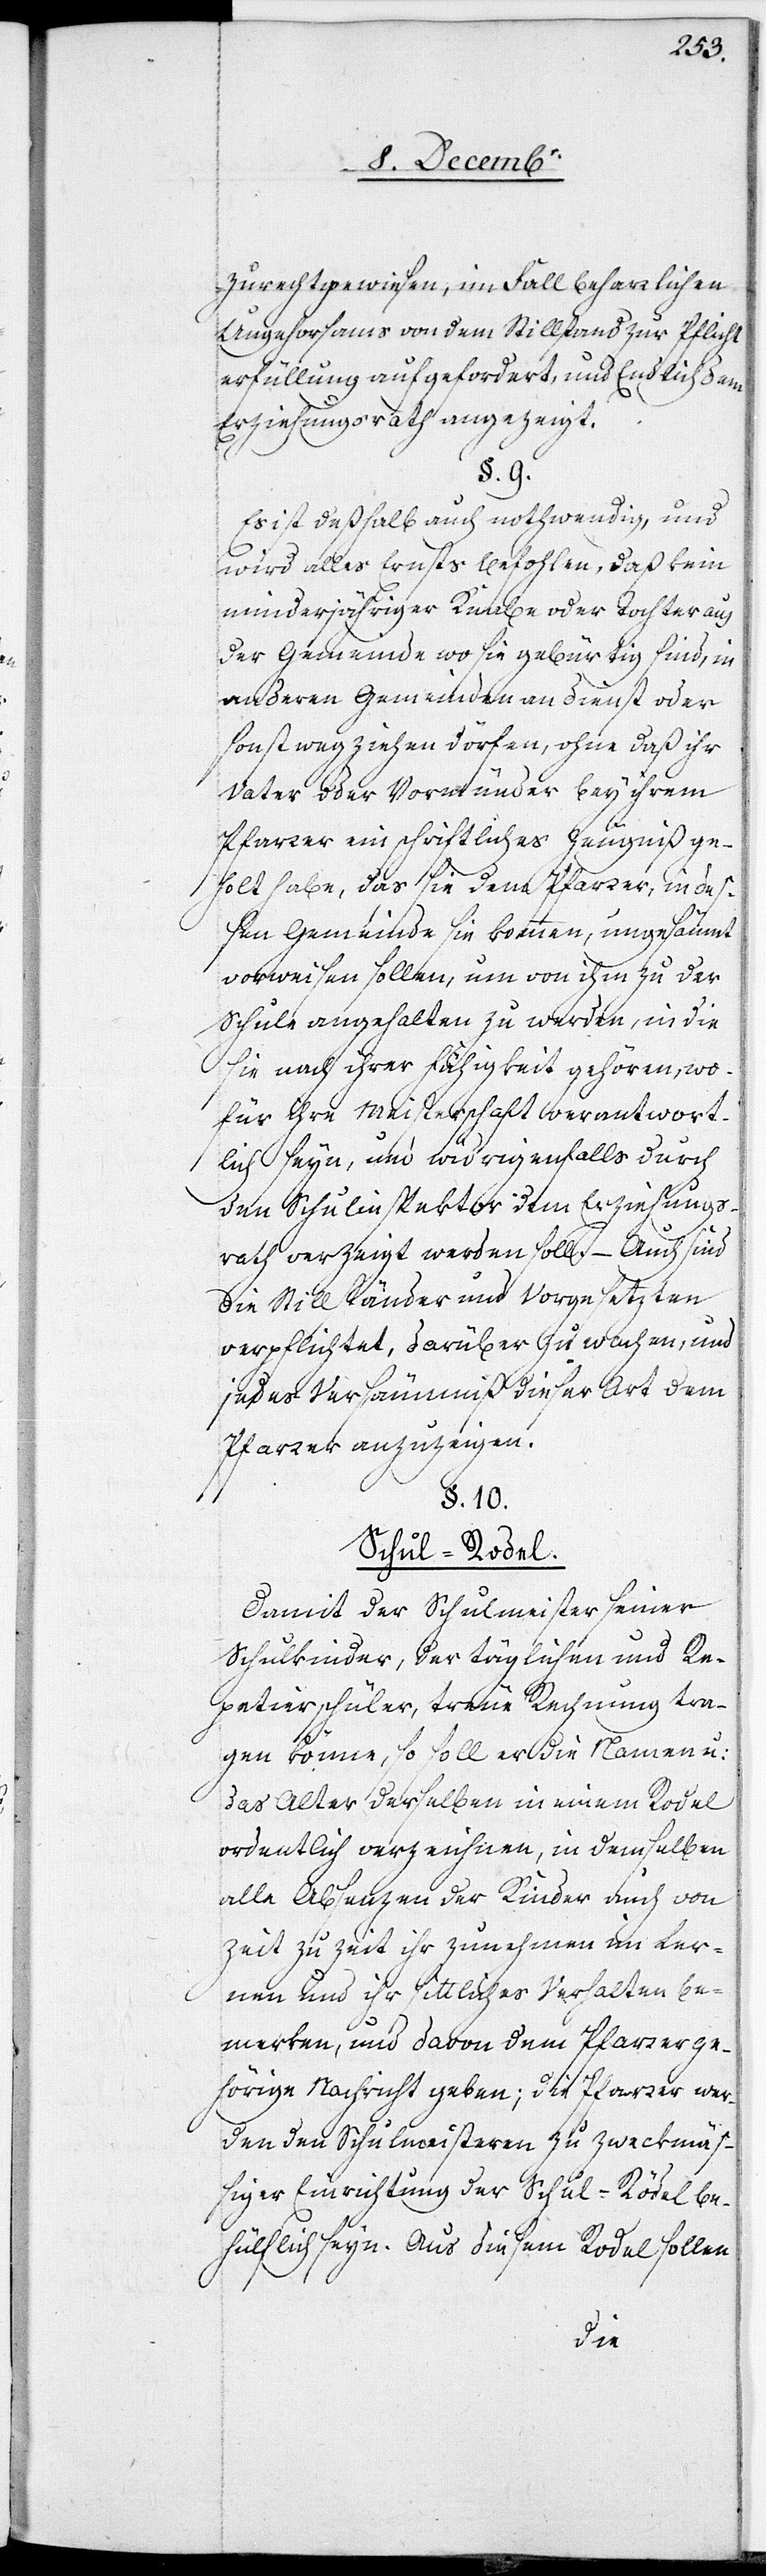
zurechtgewiesen, im Fall beharrlichen
Ungehorsams von dem Stillstand zur Pflicht¬
erfüllung aufgefordert, und endlich dem
Erziehungsrath angezeigt.
§. 9.
Es ist deßhalb auch nothwendig, und
wird alles Ernsts befohlen, daß kein
minderjähriger Knabe oder Tochter aus
der Gemeinde, wo sie gebürtig sind, in
anderen Gemeinden an Dienst oder
sonst wegziehen dörfen, ohne daß ihr
Vater oder Vormünder bey ihrem
Pfarrer ein schriftliches Zeugniß ge¬
holt habe, das sie dem Pfarrer, in deß¬
en Gemeinde sie kommen, ungesäumt
vorweisen sollen, um von ihm zu der
Schule angehalten zu werden, in die
sie nach ihrer Fähigkeit gehören, wo¬
für ihre Meisterschaft verantwort¬
lich seyn, um widrigenfalls durch
den Schulinspektor dem Erziehungs¬
rath verzeigt werden soll. – Auch sind
die Stillständer und Vorgesetzten
verpflichtet, darüber zu wachen, und
jedes Versäumniß dieser Art dem
Pfarrer anzuzeigen.
§. 10.
Schul-Rodel.
Damit der Schulmeister seiner
Schulkinder, der täglichen und Re¬
petierschüler, treue Rechnung tra¬
gen könne, so soll er die Namen u:
das Alter derselben in einem Rodel
ordentlich verzeichnen, in demselben
alle Absenzen der Kinder auch von
Zeit zu Zeit ihr Zunehmen im Ler¬
nen und ihr sittliches Verhalten be¬
merken, und davon dem Pfarrer ge¬
hörige Nachricht geben; die Pfarrer wer¬
den den Schulmeisteren zu zweckmäß¬
iger Einrichtung der Schul-Rödel be¬
hülflich seyn. Aus diesem Rodel sollen